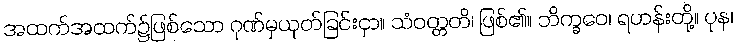
အထက်အထက်၌ဖြစ်သော ဂုဏ်မှယုတ်ခြင်းငှာ။ သံဝတ္တတိ၊ ဖြစ်၏။ ဘိက္ခဝေ၊ ရဟန်းတို့။ ပုန၊